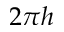
2 \pi h